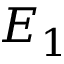
E _ { 1 }